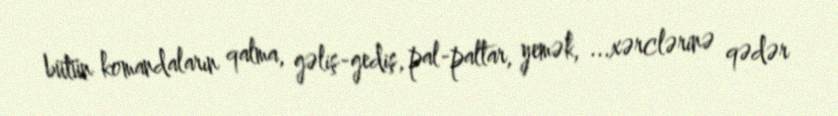
bütün komandaların qalma, gəliş-gediş, pal-paltar, yemək, ...xərclərinə qədər